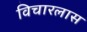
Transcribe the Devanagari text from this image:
विचारलास